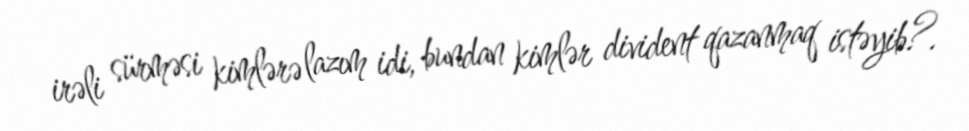
irəli sürməsi kimlərə lazım idi, bundan kimlər divident qazanmaq istəyib?.